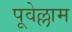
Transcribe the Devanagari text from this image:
पूवेल्लाम